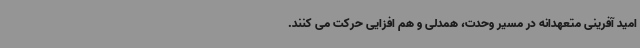
امید آفرینی متعهدانه در مسیر وحدت، همدلی و هم افزایی حرکت می کنند.